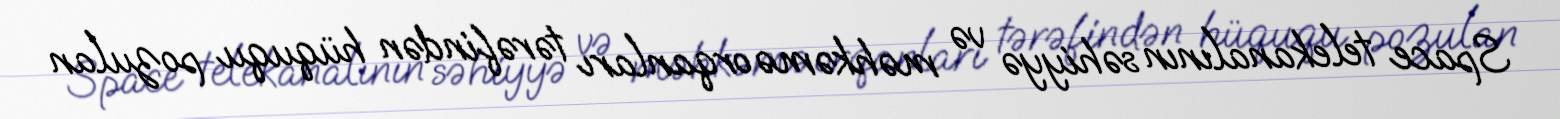
Space telekanalının səhiyyə və məhkəmə orqanları tərəfindən hüququ pozulan